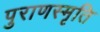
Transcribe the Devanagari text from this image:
पुराणस्मृति